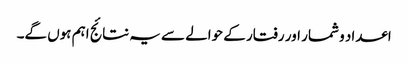
اعداد و شمار اور رفتار کے حوالے سے یہ نتائج اہم ہوں گے۔